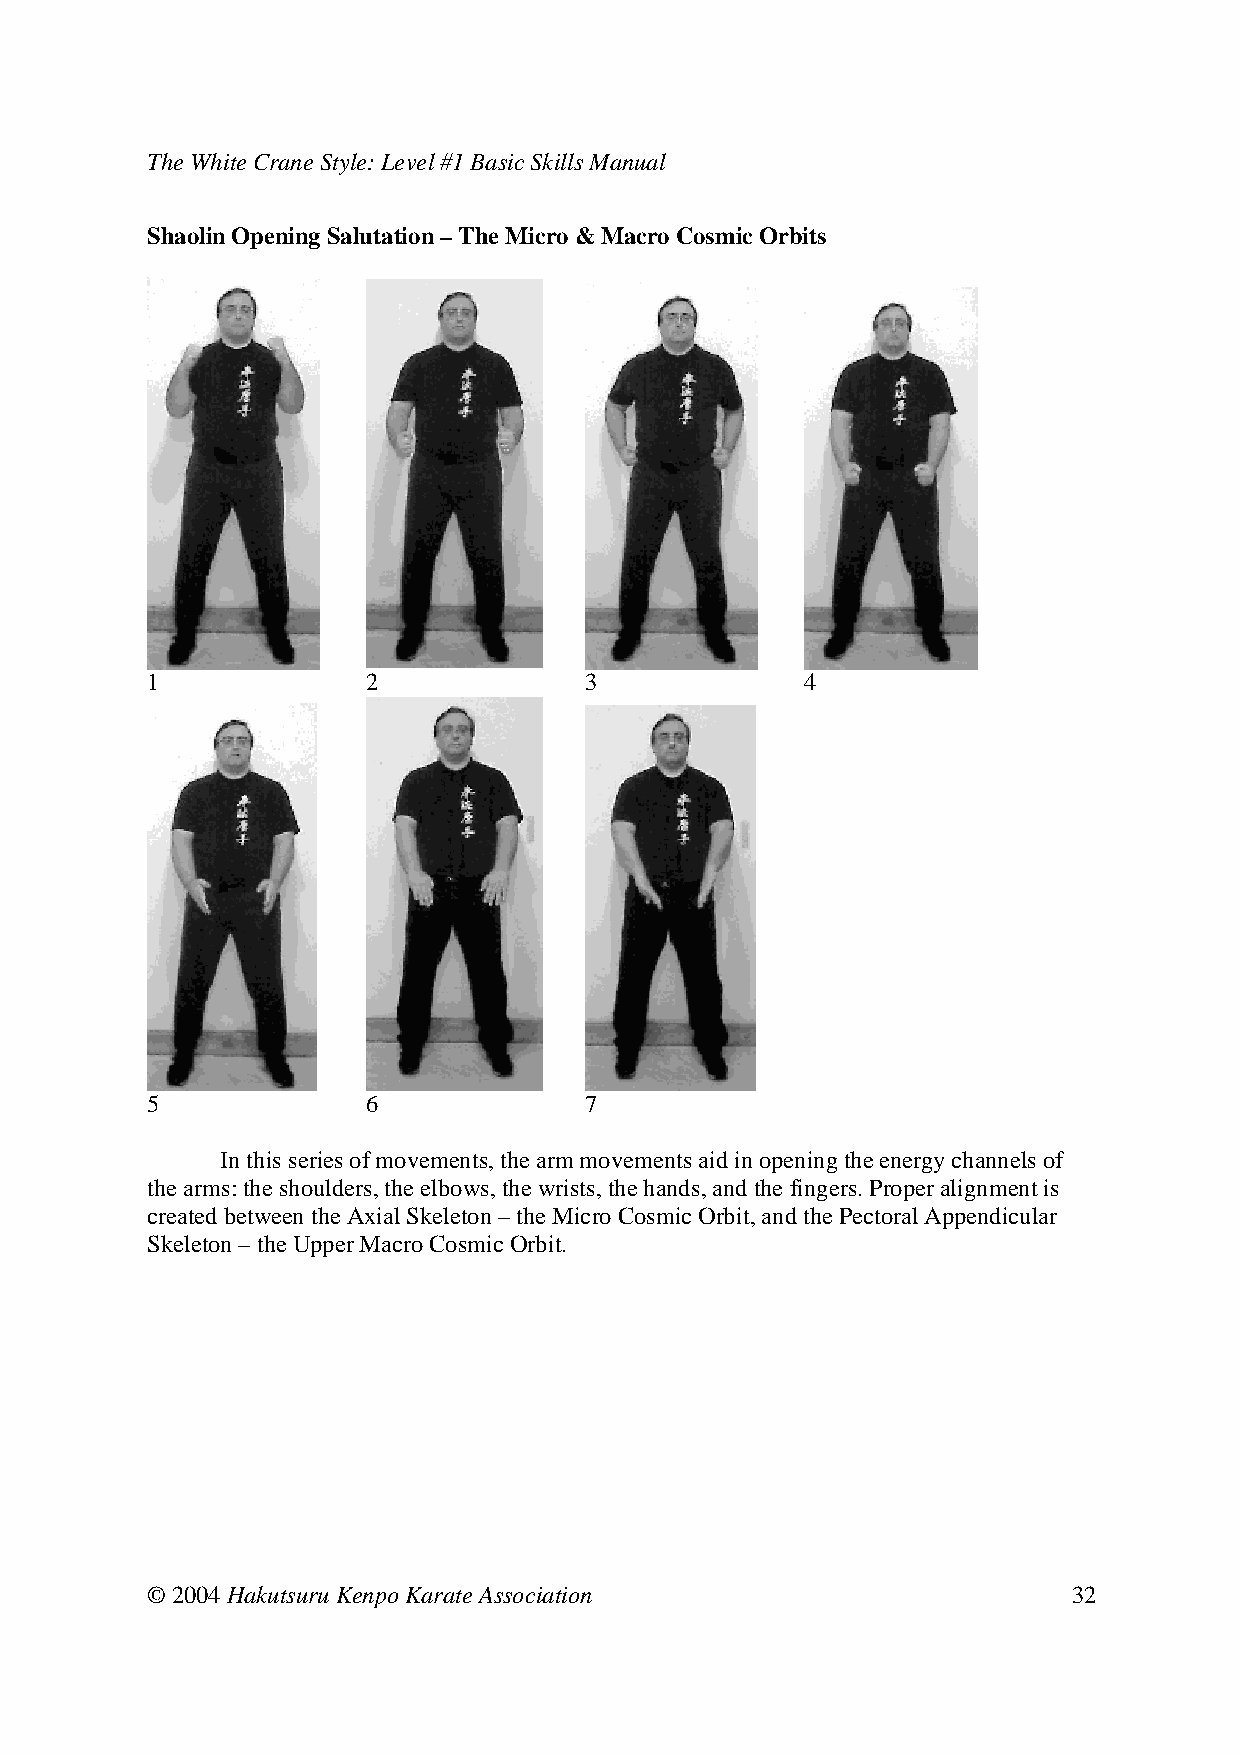
The White Crane Style: Level #1 Basic Skills Manual
 Shaolin Opening Salutation – The Micro & Macro Cosmic Orbits
 1     2      3     4
 5     6      7
 In this series of movements, the arm movements aid in opening the energy channels of
 the arms: the shoulders, the elbows, the wrists, the hands, and the fingers. Proper alignment is
 created between the Axial Skeleton – the Micro Cosmic Orbit, and the Pectoral Appendicular
 Skeleton – the Upper Macro Cosmic Orbit.
 © 2004 Hakutsuru Kenpo Karate Association                    32